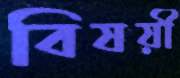
বিষয়ী